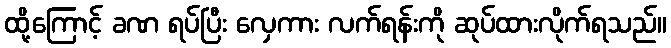
ထို့ကြောင့် ခဏ ရပ်ပြီး လှေကား လက်ရန်းကို ဆုပ်ထားလိုက်ရသည်။